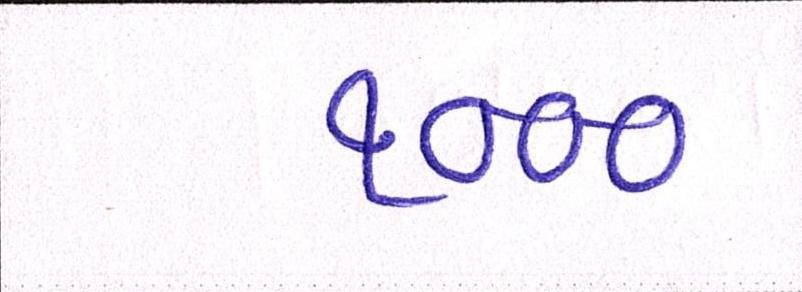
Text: ૧૦૦૦